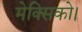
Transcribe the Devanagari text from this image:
मेक्सिको।